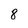
Character: 8